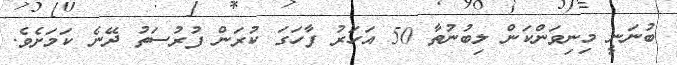
ބުނަނީ މިނިވަންކަން ލިބުނުތާ 50 އަހަރު ފާހަގަ ކުރަން ފުރުސަތު ދޭނެ ކަމަށެވެ.